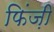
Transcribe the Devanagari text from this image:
फिंज़ी